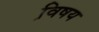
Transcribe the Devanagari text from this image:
वि़षय